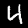
Digit: 4